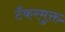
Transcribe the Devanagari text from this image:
टँकरमुक्त